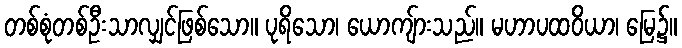
တစ်စုံတစ်ဦးသာလျှင်ဖြစ်သော။ ပုရိသော၊ ယောကျ်ားသည်။ မဟာပထဝိယာ၊ မြေ၌။